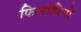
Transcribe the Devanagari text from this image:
फिलीपिनो